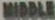
MIDDLE